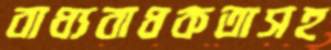
বাধ্যবাধকতাসহ